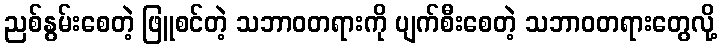
ညစ်နွမ်းစေတဲ့ ဖြူစင်တဲ့ သဘာဝတရားကို ပျက်စီးစေတဲ့ သဘာဝတရားတွေလို့